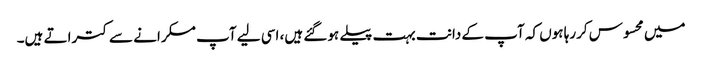
میں محسوس کررہا ہوں کہ آپ کے دانت بہت پیلے ہوگئے ہیں، اسی لیے آپ مسکرانے سے کتراتے ہیں۔